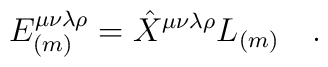
E_{(m)}^{\mu\nu\lambda\rho}=\hat{X}^{\mu\nu\lambda\rho} L_{(m)}~~~.